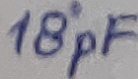
Text: 18pF